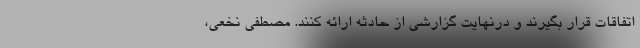
اتفاقات قرار بگیرند و درنهایت گزارشی از حادثه ارائه کنند. مصطفی نخعی،